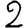
Digit: 2